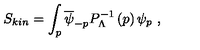
S _ { k i n } = \int _ { p } \overline { \psi } _ { - p } P _ { \Lambda } ^ { - 1 } \left( p \right) \psi _ { p } \ ,